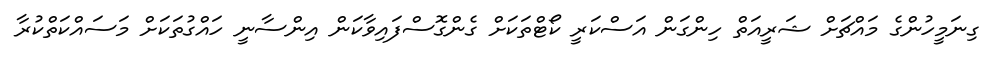
ގިނަމީހުންގެ މައްޗަށް ޝަރީއަތް ހިންގަން އަސްކަރީ ކޯޓްތަކަށް ގެންގޮސްފައިވާކަން އިންސާނީ ހައްގުތަކަށް މަސައްކަތްކުރާ